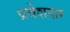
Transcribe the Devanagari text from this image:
प्रवेशदार